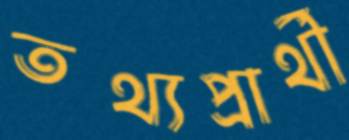
তথ্যপ্রার্থী